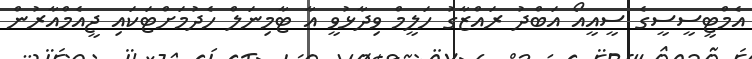
އެމްޓީސީސީގެ ސީއީއޯ އަބްދު ރައްޒާގު ހަލީމް ވިދާޅުވީ އާ ޓާމިނަލް ހެދުމަށްޓަކައި ޖީއެމްއާރުން